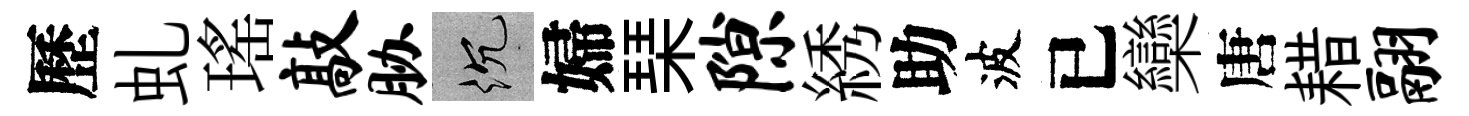
歷虬瑤敲胁沉婦琹隙綉助波已欒唐耤翮